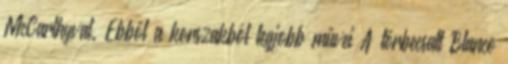
McCarthyval. Ebből a korszakból legjobb művei A tőrbecsalt Blanco